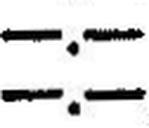
—.—